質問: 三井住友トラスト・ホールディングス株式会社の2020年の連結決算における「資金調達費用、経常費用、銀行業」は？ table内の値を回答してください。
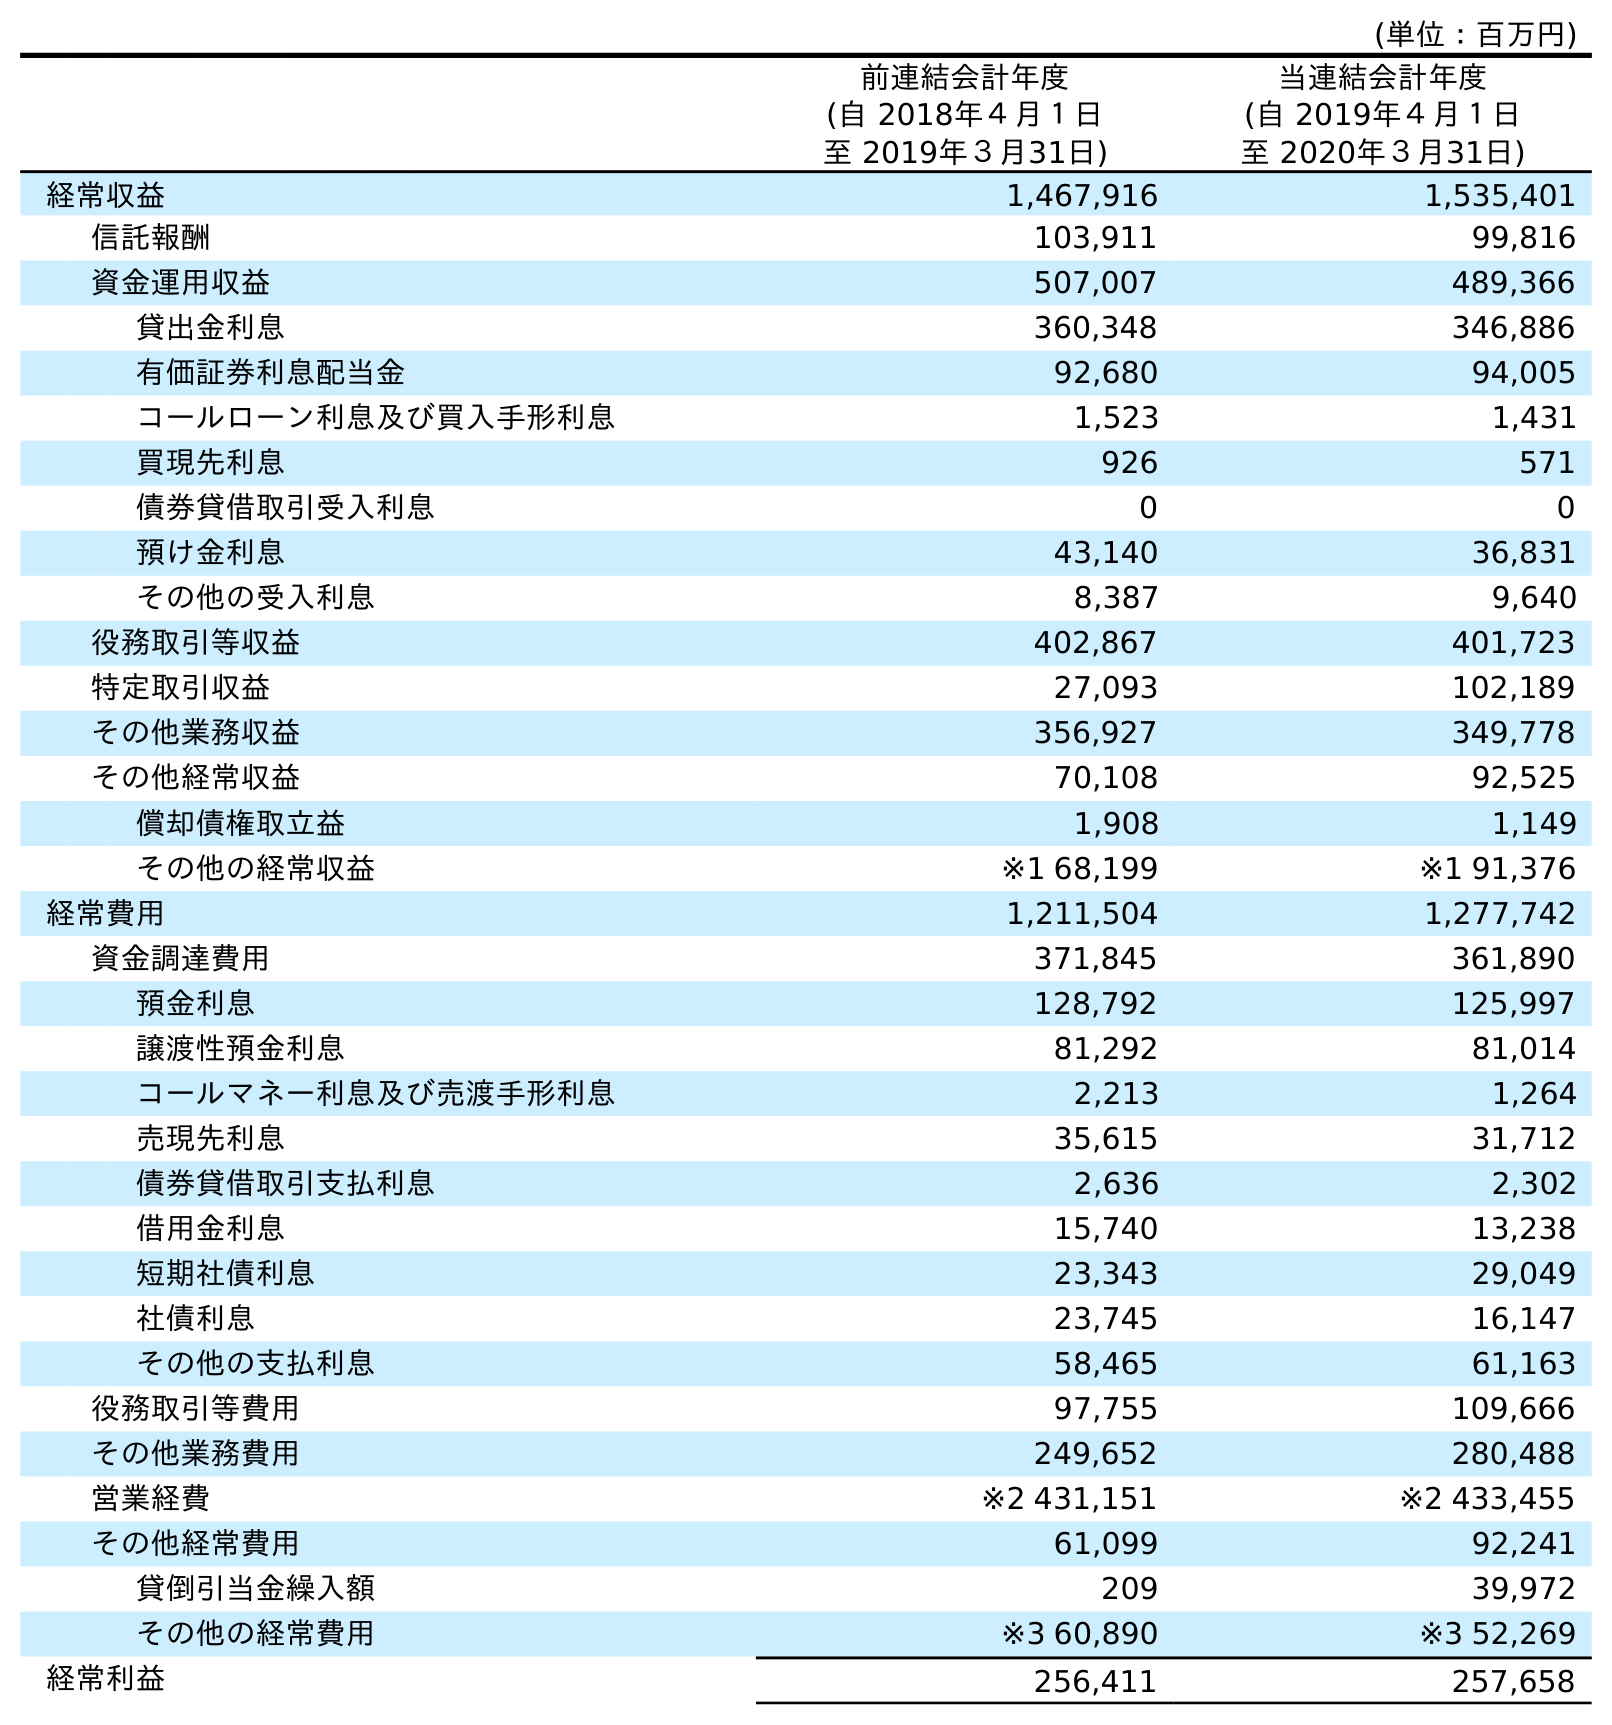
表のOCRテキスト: (単位：百万円) 前連結会計年度 (自 2018年４月１日 至 2019年３月31日) 当連結会計年度 (自 2019年４月１日 至 2020年３月31日) 経常収益 1,467,916 1,535,401 信託報酬 103,911 99,816 資金運用収益 507,007 489,366 貸出金利息 360,348 346,886 有価証券利息配当金 92,680 94,005 コールローン利息及び買入手形利息 1,523 1,431 買現先利息 926 571 債券貸借取引受入利息 0 0 預け金利息 43,140 36,831 その他の受入利息 8,387 9,640 役務取引等収益 402,867 401,723 特定取引収益 27,093 102,189 その他業務収益 356,927 349,778 その他経常収益 70,108 92,525 償却債権取立益 1,908 1,149 その他の経常収益 ※1 68,199 ※1 91,376 経常費用 1,211,504 1,277,742 資金調達費用 371,845 361,890 預金利息 128,792 125,997 譲渡性預金利息 81,292 81,014 コールマネー利息及び売渡手形利息 2,213 1,264 売現先利息 35,615 31,712 債券貸借取引支払利息 2,636 2,302 借用金利息 15,740 13,238 短期社債利息 23,343 29,049 社債利息 23,745 16,147 その他の支払利息 58,465 61,163 役務取引等費用 97,755 109,666 その他業務費用 249,652 280,488 営業経費 ※2 431,151 ※2 433,455 その他経常費用 61,099 92,241 貸倒引当金繰入額 209 39,972 その他の経常費用 ※3 60,890 ※3 52,269 経常利益 256,411 257,658
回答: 361,890